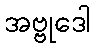
အဗ္ဗုဒေါ